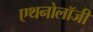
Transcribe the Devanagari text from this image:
एथनोलॉजी